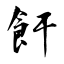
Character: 飦